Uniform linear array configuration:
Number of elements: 16
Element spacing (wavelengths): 0.25
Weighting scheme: hamming
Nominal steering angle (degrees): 15
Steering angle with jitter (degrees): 13.855
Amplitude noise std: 0.05
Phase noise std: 0.05

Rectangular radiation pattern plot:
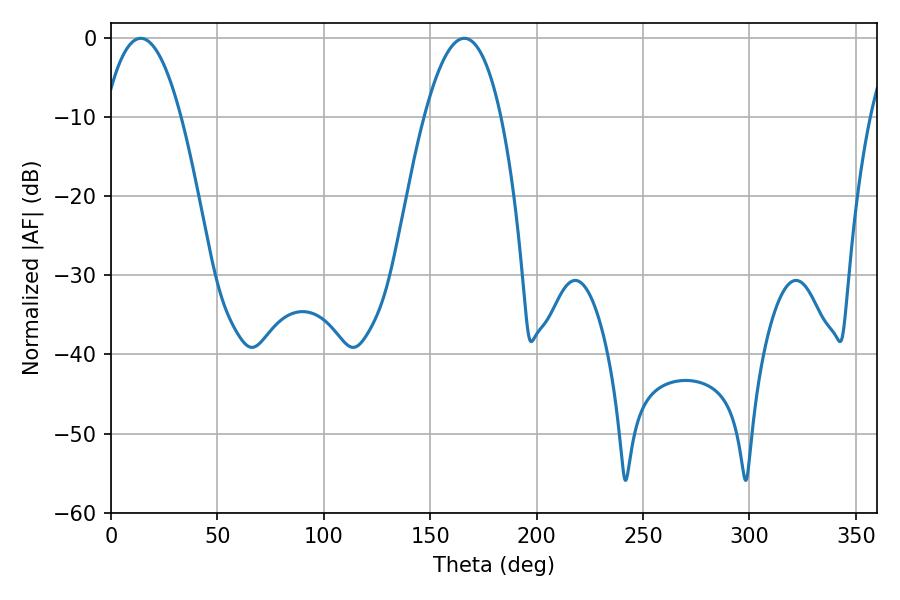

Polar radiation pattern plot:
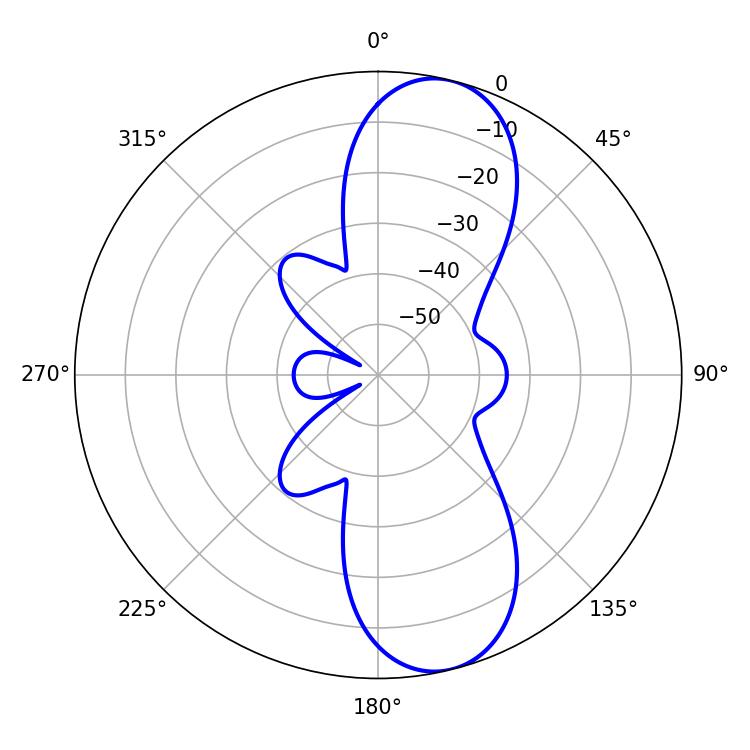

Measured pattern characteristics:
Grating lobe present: FALSE
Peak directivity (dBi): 10.348
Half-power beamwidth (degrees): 19.8
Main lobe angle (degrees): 14.04